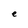
Character: e